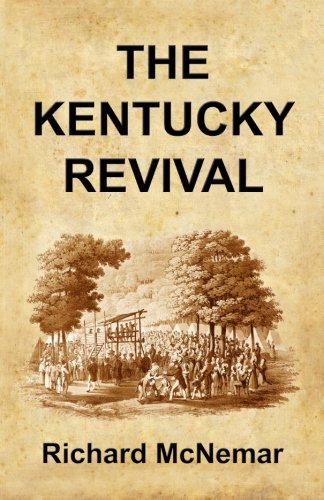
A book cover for The Kentucky Revival: A Short History Of the Late Extraordinary Out-Pouring of the Spirit of God, In the Western States of America, Agreeably to ... and Prophecies Concerning the Latter Day; Richard McNemar; Christian Books & Bibles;